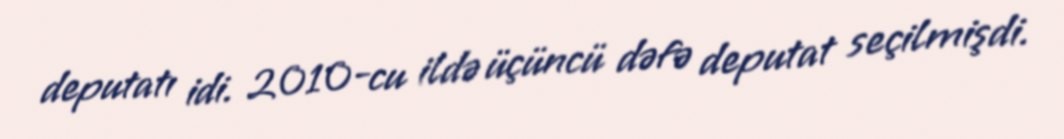
deputatı idi. 2010-cu ildə üçüncü dəfə deputat seçilmişdi.